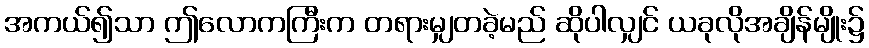
အကယ်၍သာ ဤလောကကြီးက တရားမျှတခဲ့မည် ဆိုပါလျှင် ယခုလိုအချိန်မျိုး၌